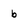
Character: b